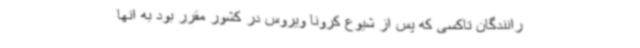
رانندگان تاکسی که پس از شیوع کرونا ویروس در کشور مقرر بود به انها